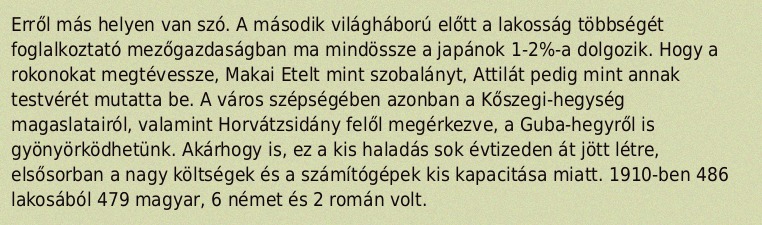
Erről más helyen van szó. A második világháború előtt a lakosság többségét foglalkoztató mezőgazdaságban ma mindössze a japánok 1-2%-a dolgozik. Hogy a rokonokat megtévessze, Makai Etelt mint szobalányt, Attilát pedig mint annak testvérét mutatta be. A város szépségében azonban a Kőszegi-hegység magaslatairól, valamint Horvátzsidány felől megérkezve, a Guba-hegyről is gyönyörködhetünk. Akárhogy is, ez a kis haladás sok évtizeden át jött létre, elsősorban a nagy költségek és a számítógépek kis kapacitása miatt. 1910-ben 486 lakosából 479 magyar, 6 német és 2 román volt.